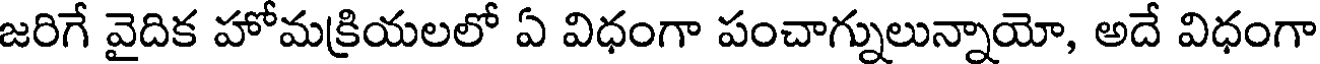
జరిగే వైదిక హోమక్రియలలో ఏ విధంగా పంచాగ్నులున్నాయో, అదే విధంగా